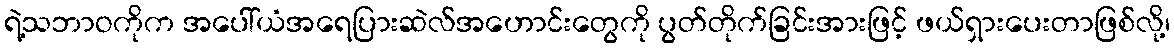
ရဲ့သဘာဝကိုက အပေါ်ယံအရေပြားဆဲလ်အဟောင်းတွေကို ပွတ်တိုက်ခြင်းအားဖြင့် ဖယ်ရှားပေးတာဖြစ်လို့၊